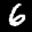
Label: 6